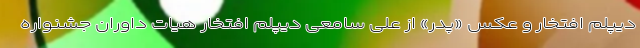
دیپلم افتخار و عکس «پدر» از علی سامعی دیپلم افتخار هیات داوران جشنواره